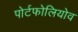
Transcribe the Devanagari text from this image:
पोर्टफोलियोव